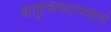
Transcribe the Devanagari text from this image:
बलुचिस्तानमार्गे